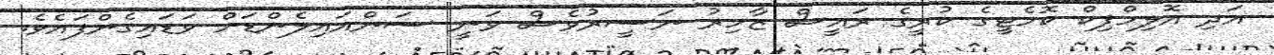
އަދި އޮލިމްޕިކް ކޮމެޓީގެ ކުރީގެ ރައީސް ޒާހިރު ނަސީރުވެސް ވަނީ ސަންއައިލެންޑަށް ވަޑައިގެންފައެވެ.